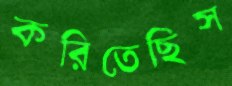
করিতেছিস